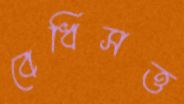
বেধিসত্ত